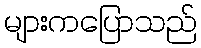
များကပြောသည်